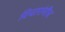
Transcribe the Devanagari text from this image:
विचारांनीच